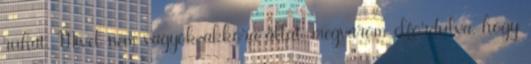
ruhát. Mivel nem vagyok akkora állat, megvárom elfordulva, hogy